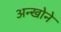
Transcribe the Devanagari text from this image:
अन्खोने